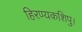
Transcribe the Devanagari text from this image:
हिरण्यकशिपु।